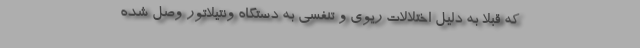
که قبلا به دلیل اختلالات ریوی و تنفسی به دستگاه ونتیلاتور وصل شده